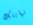
نهايتك